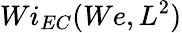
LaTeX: Wi_{EC}(We,L^{2})